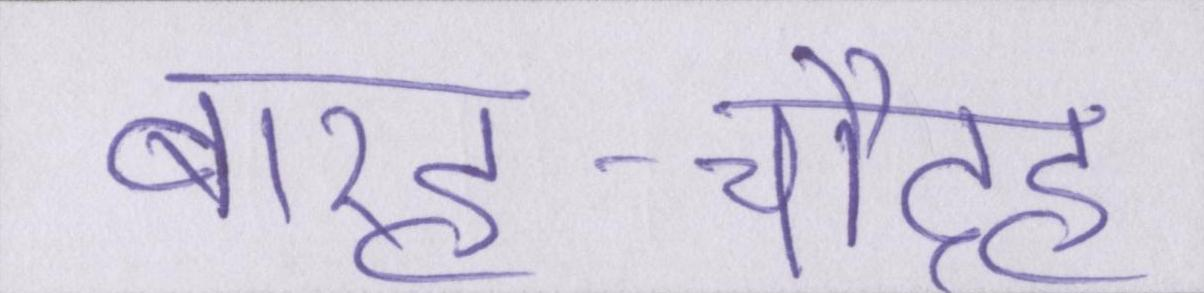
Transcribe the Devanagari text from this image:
बारह-चौदह